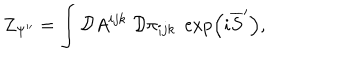
LaTeX: Z _ { \Psi ^ { \prime \prime } } = \int { \cal D } A ^ { i j k } \; { \cal D } \pi _ { i j k } \; \exp \left( i \overline { { { S } } } ^ { \prime } \right) ,